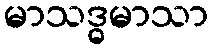
မာသဒ္ဓမာသာ